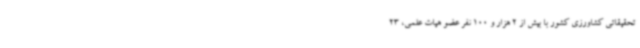
تحقیقاتی کشاورزی کشور با بیش از 2 هزار و 100 نفر عضو هیات علمی، 23